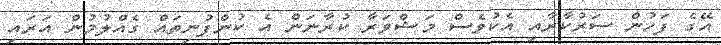
އޭގެ ފަހުން ސަރުކާރާއި އެކުވެސް މަޝްވަރާ ކުރާނަން އެ ކުންފުނިތައް ގެއްލުމުން އަރައި